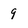
Character: 9